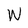
Character: W